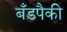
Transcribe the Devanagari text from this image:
बँडपैकी